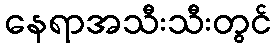
နေရာအသီးသီးတွင်